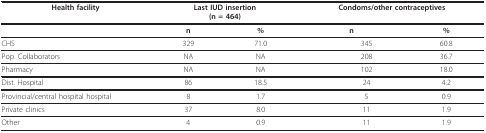
| Health facility | <COLSPAN=2> Last IUD insertion(n = 464) | <COLSPAN=2> Condoms/other contraceptives |
 | --- | --- | --- | --- | --- |
 |  | n | % | n | % |
 | CHS | 329 | 71.0 | 345 | 60.8 |
 | Pop. Collaborators | NA | NA | 208 | 36.7 |
 | Pharmacy | NA | NA | 102 | 18.0 |
 | Dist. Hospital | 86 | 18.5 | 24 | 4.2 |
 | Provincial/central hospital hospital | 8 | 1.7 | 5 | 0.9 |
 | Private clinics | 37 | 8.0 | 11 | 1.9 |
 | Other | 4 | 0.9 | 11 | 1.9 |